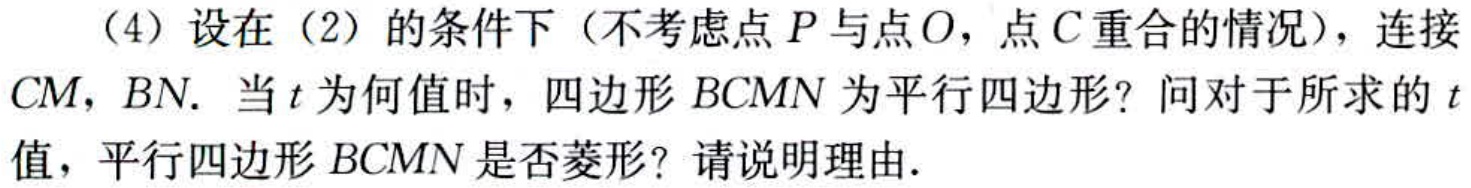
（4）设在（2）的条件下（不考虑点\(P\)与点\(O\)，点\(C\)重合的情况），连接\(CM\)，\(BN\)。当\(t\)为何值时，四边形\(BCMN\)为平行四边形？问对于所求的\(t\)值，平行四边形\(BCMN\)是否菱形？请说明理由.